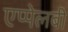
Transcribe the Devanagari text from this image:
एप्पेलबी